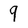
Character: 9